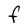
Character: F